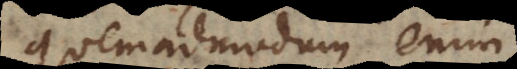
Quemadmodum enim